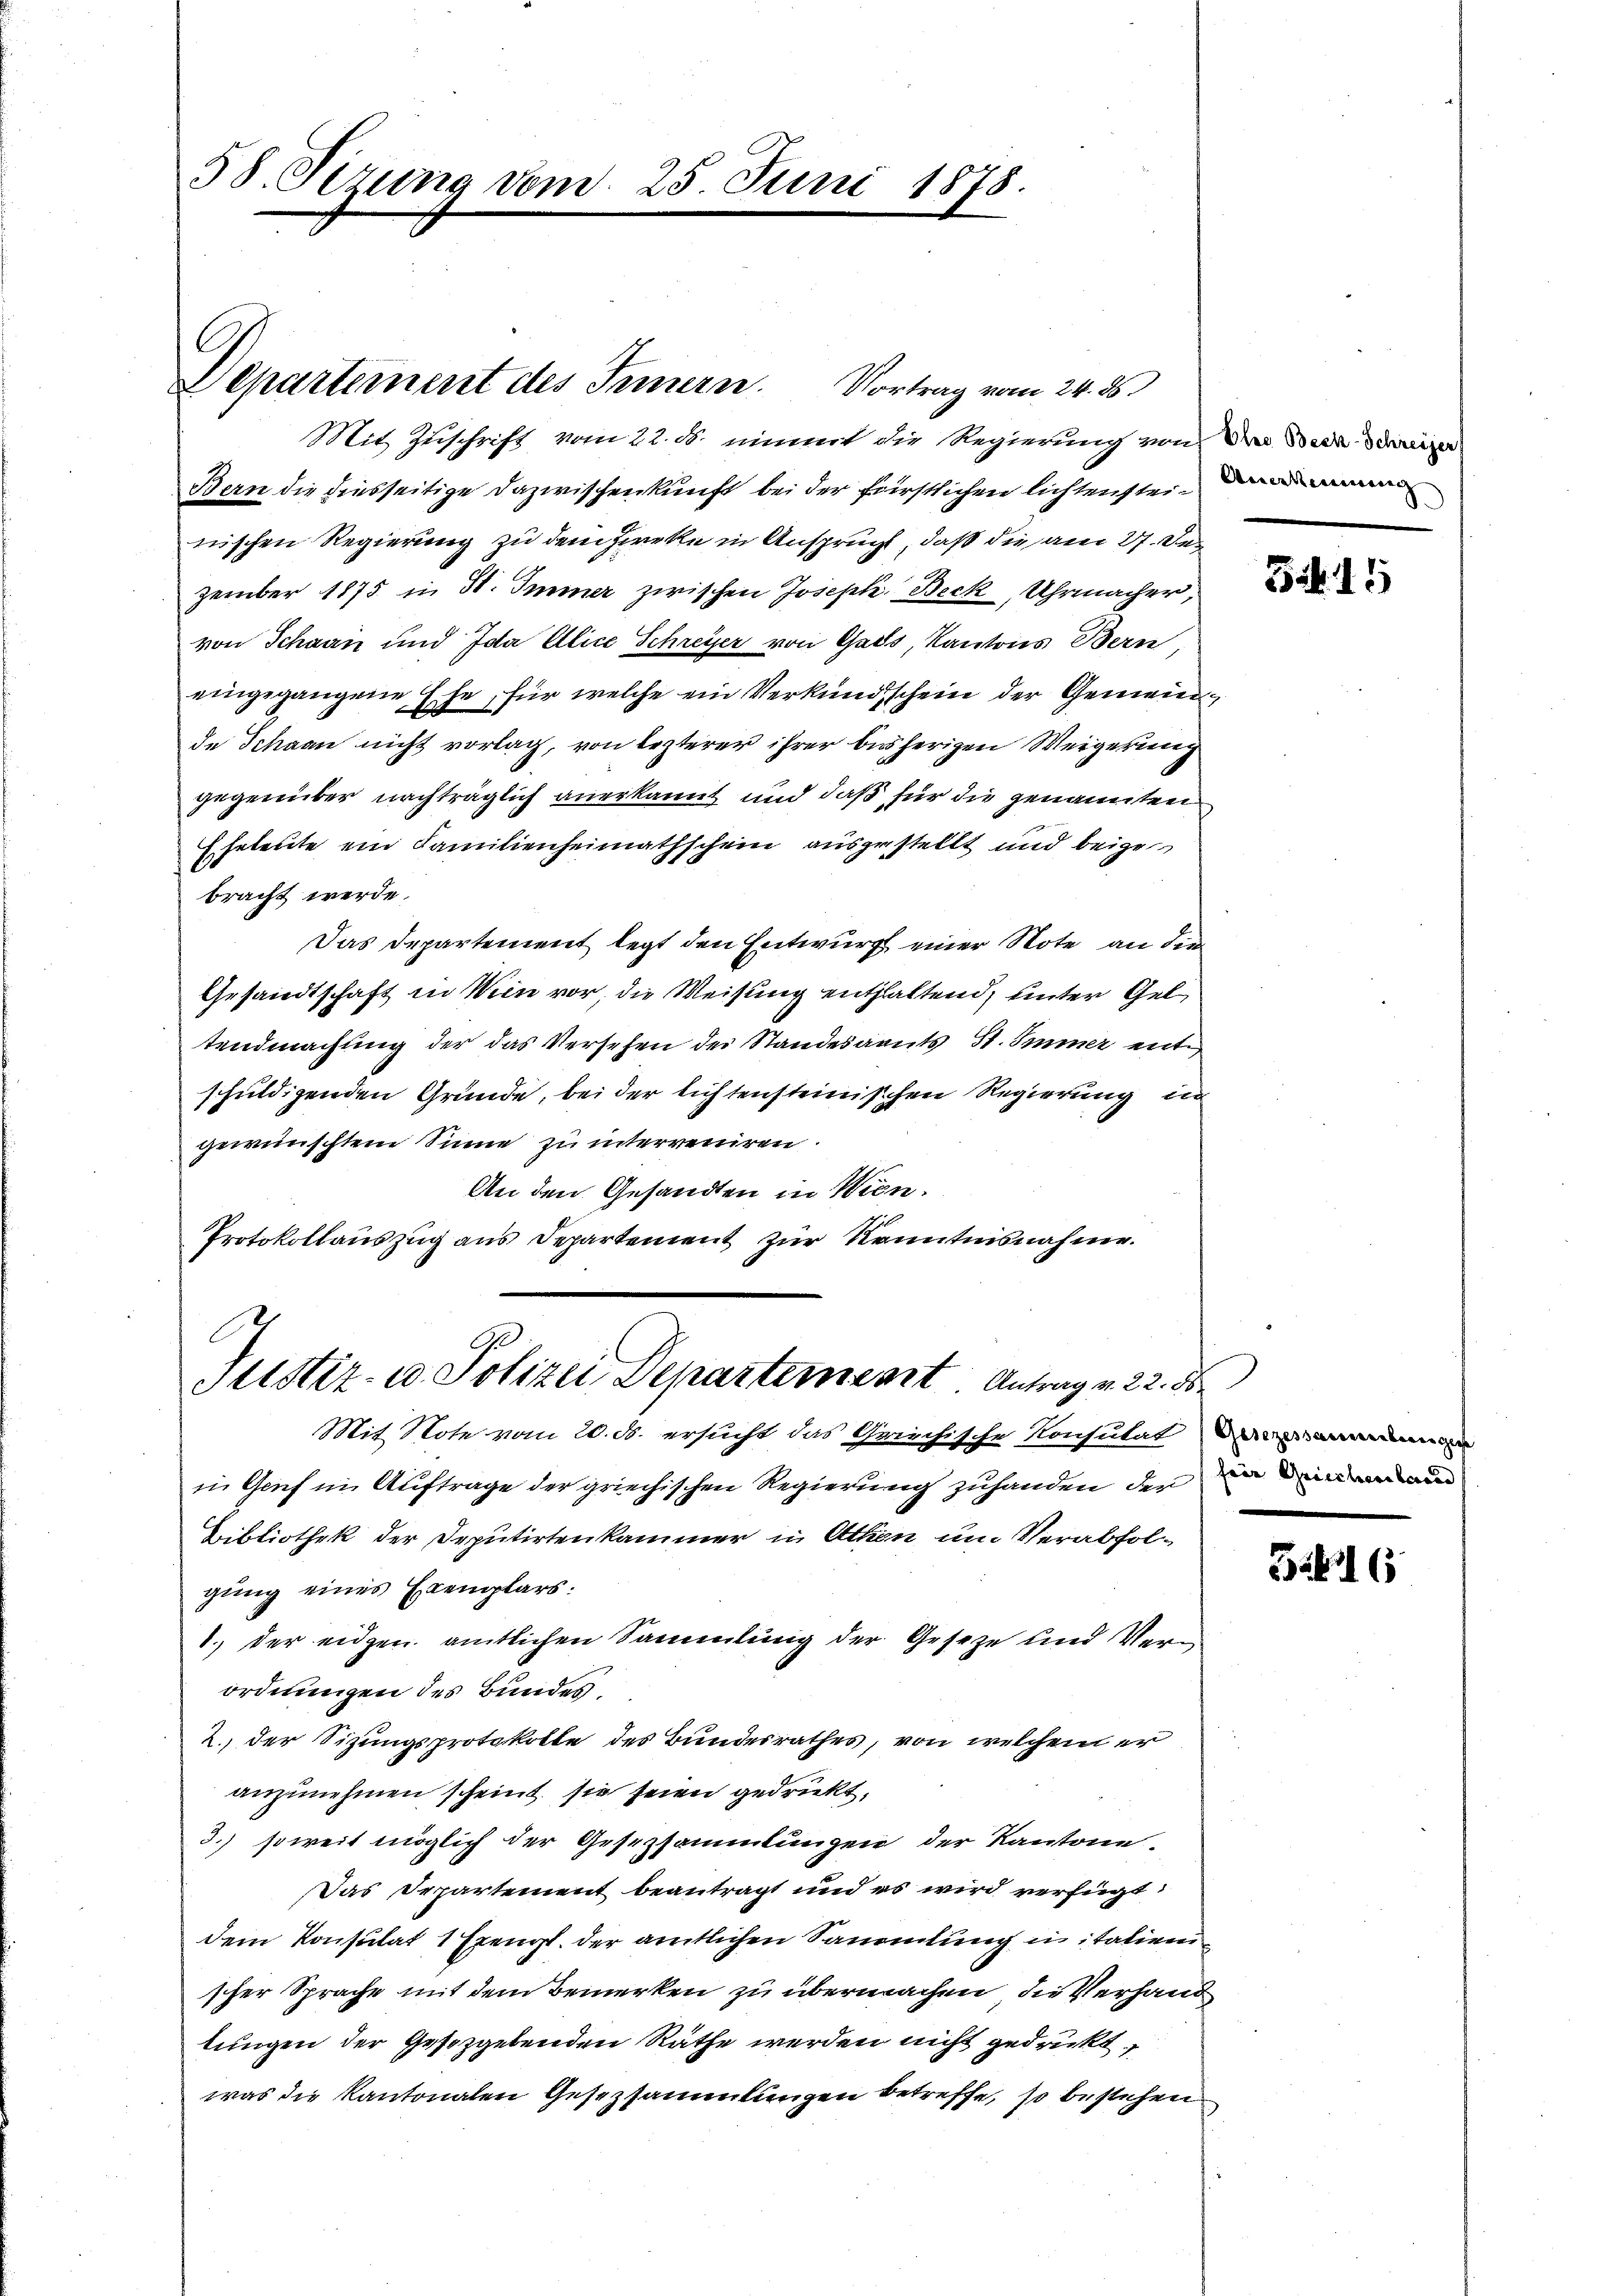
58. Setzung vom 25. Juni 1878.

Mit Zuschrift vom 22. ds. nimmt die Regierung von der Bern die
Bern die diesseitige Dazwischenkunft bei der fürstlichen lichtenster an
nischen Regierung zu dem Zwecke in Ansprucht, daß die am 27. De
zember 1875 in St. Immer zwischen Joseph Beck, Uhrmacher,
von Schaan und Ida Alice Schreyer von Gass, Kantons Bern
eingegangene Ehe, für welche ein Verkündschein der Gemeinde Schaan nicht vorlag, von lezterer ihrer bisherigen Weigerung
gegenüber nachträglich anerkannt und daß für die genannten
Eheleute ein Familienheimathschein auszustellt und beigebracht werde.
Das Departement legt den Entwurf einer Note an den
Gesandtschaft in Wein vor, die Weisung enthaltend, unter Geltendmachung der das Versehen der Standesamts St. Immer entschuldigenden Gründe, bei der lichtensteinischen Regierung in
gewünschtem Sinne zu interreuren.
An den Gesandten in Wien.
Protokollauszug aus Departement zur Kenntnisnahme.

C
Departement des Innern. Vortrag vom 24. ds.

E
Justiz- u. Polizei Departement Antrag v. 22. 5

Mit Note vom 20. ds. ersucht das Griechische Konsulat den an
in Genf im Auftrage der griechischen Regierung zuhanden der ein einen an
Bibliothek der Deputirtenkammer in Athen um Verabfolgung eines Exemplars:
1.) der eidgen amtlichen Sammlung der Geseze und Verordnungen des Bundes.
2. der Sitzungsprotokolle des Bundesrathes, von welchem er
anzunehmen scheint, sie seien gedrückt,
3.) soweit möglich der Gesetzsammlungen der Kantone.
Das Departement beantragt und es wird verfügt
dem Konsulat 1 Exengt. der amtlichen Sammlung in italigen
scher Sprache mit dem Bemerken zu übermachen, die Verhand
lungen der Gesetzgebenden Räthe werden nicht gedrückt,
was die Kantonalen Gesezsammlungen betreffe, so bestehen

Ba¬

54. 15

5116